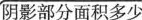
阴影部分面积多少